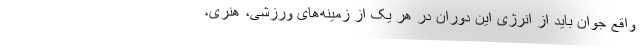
واقع جوان باید از انرژی این دوران در هر یک از زمینه‌های ورزشی، هنری،